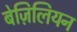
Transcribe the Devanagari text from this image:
बेज़िलियन